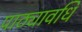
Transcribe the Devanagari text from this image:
पाठ्यावधि